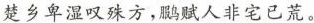
楚乡卑湿叹殊方，鹏赋人非宅已荒。